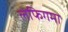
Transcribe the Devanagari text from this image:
लेफिगमा